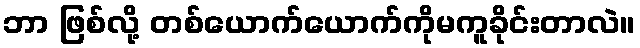
ဘာ ဖြစ်လို့ တစ်ယောက်ယောက်ကိုမကူခိုင်းတာလဲ။